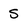
Character: S